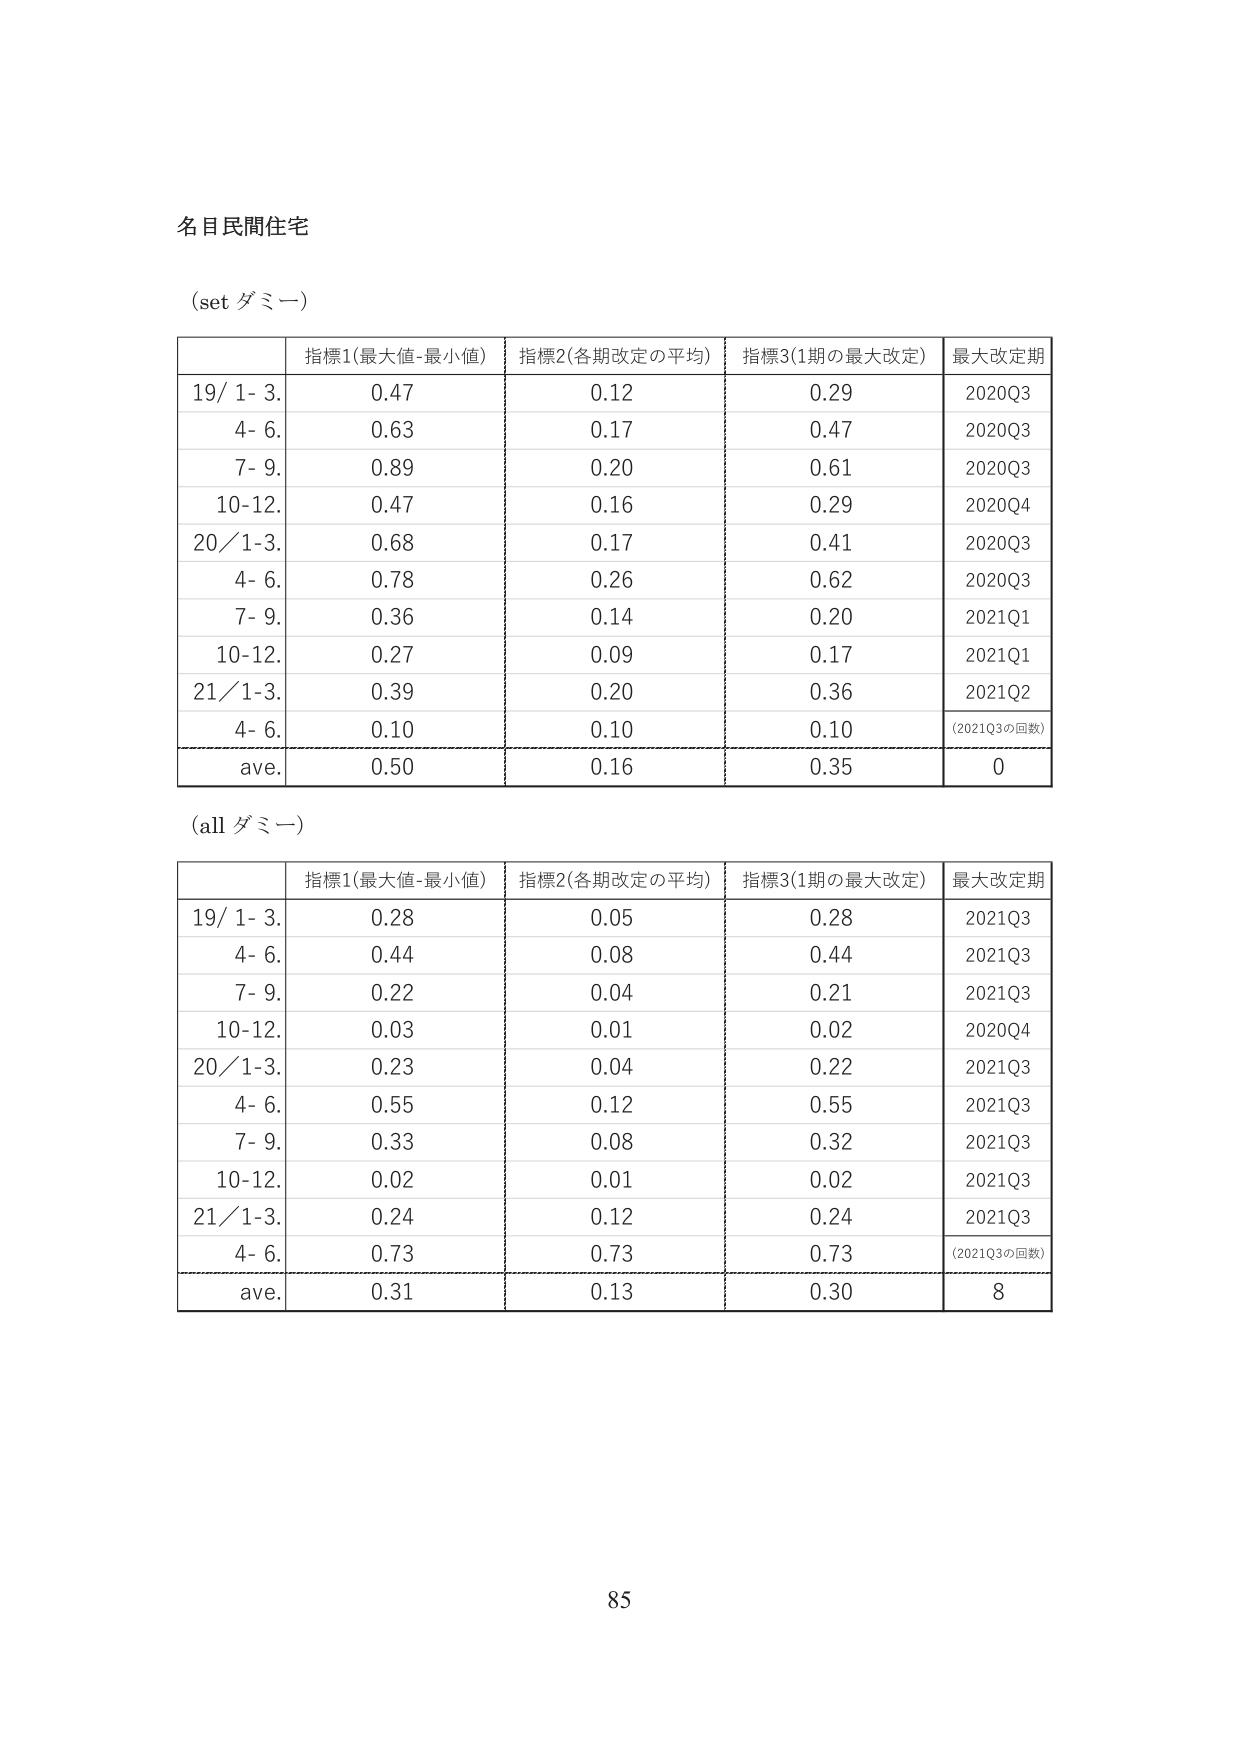
名目民間住宅

(set ダミー)

指標1(最大値-最小値) 指標2(各期改定の平均) 指標3(1期の最大改定) 最大改定期
19/ 1- 3. 0.47 0.12 0.29 2020Q3
4- 6. 0.63 0.17 0.47 2020Q3
7- 9. 0.89 0.20 0.61 2020Q3
10-12. 0.47 0.16 0.29 2020Q4
20/1-3. 0.68 0.17 0.41 2020Q3
4- 6. 0.78 0.26 0.62 2020Q3
7- 9. 0.36 0.14 0.20 2021Q1
10-12. 0.27 0.09 0.17 2021Q1
21/1-3. 0.39 0.20 0.36 2021Q2
4- 6. 0.10 0.10 0.10 (2021Q3の回数)
ave. 0.50 0.16 0.35 0

(all ダミー)

指標1(最大値-最小値) 指標2(各期改定の平均) 指標3(1期の最大改定) 最大改定期
19/ 1- 3. 0.28 0.05 0.28 2021Q3
4- 6. 0.44 0.08 0.44 2021Q3
7- 9. 0.22 0.04 0.21 2021Q3
10-12. 0.03 0.01 0.02 2020Q4
20/1-3. 0.23 0.04 0.22 2021Q3
4- 6. 0.55 0.12 0.55 2021Q3
7- 9. 0.33 0.08 0.32 2021Q3
10-12. 0.02 0.01 0.02 2021Q3
21/1-3. 0.24 0.12 0.24 2021Q3
4- 6. 0.73 0.73 0.73 (2021Q3の回数)
ave. 0.31 0.13 0.30 8

85